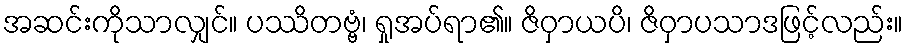
အဆင်းကိုသာလျှင်။ ပဿိတဗ္ဗံ၊ ရှုအပ်ရာ၏။ ဇိဝှာယပိ၊ ဇိဝှာပသာဒဖြင့်လည်း။